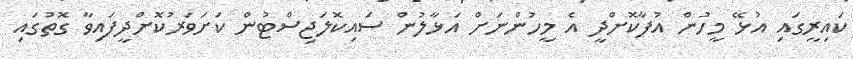
ކައިރީގައި އުޅޭ މީހުން އުފާކޮށްދީ އެ މީހުންނަށް އަޅާލުން ސައިކޮލަޖިސްޓުން ކަށަވަރުކޮށްދީފައިވާ ގޮތުގައި